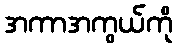
အကာအကွယ်ကို